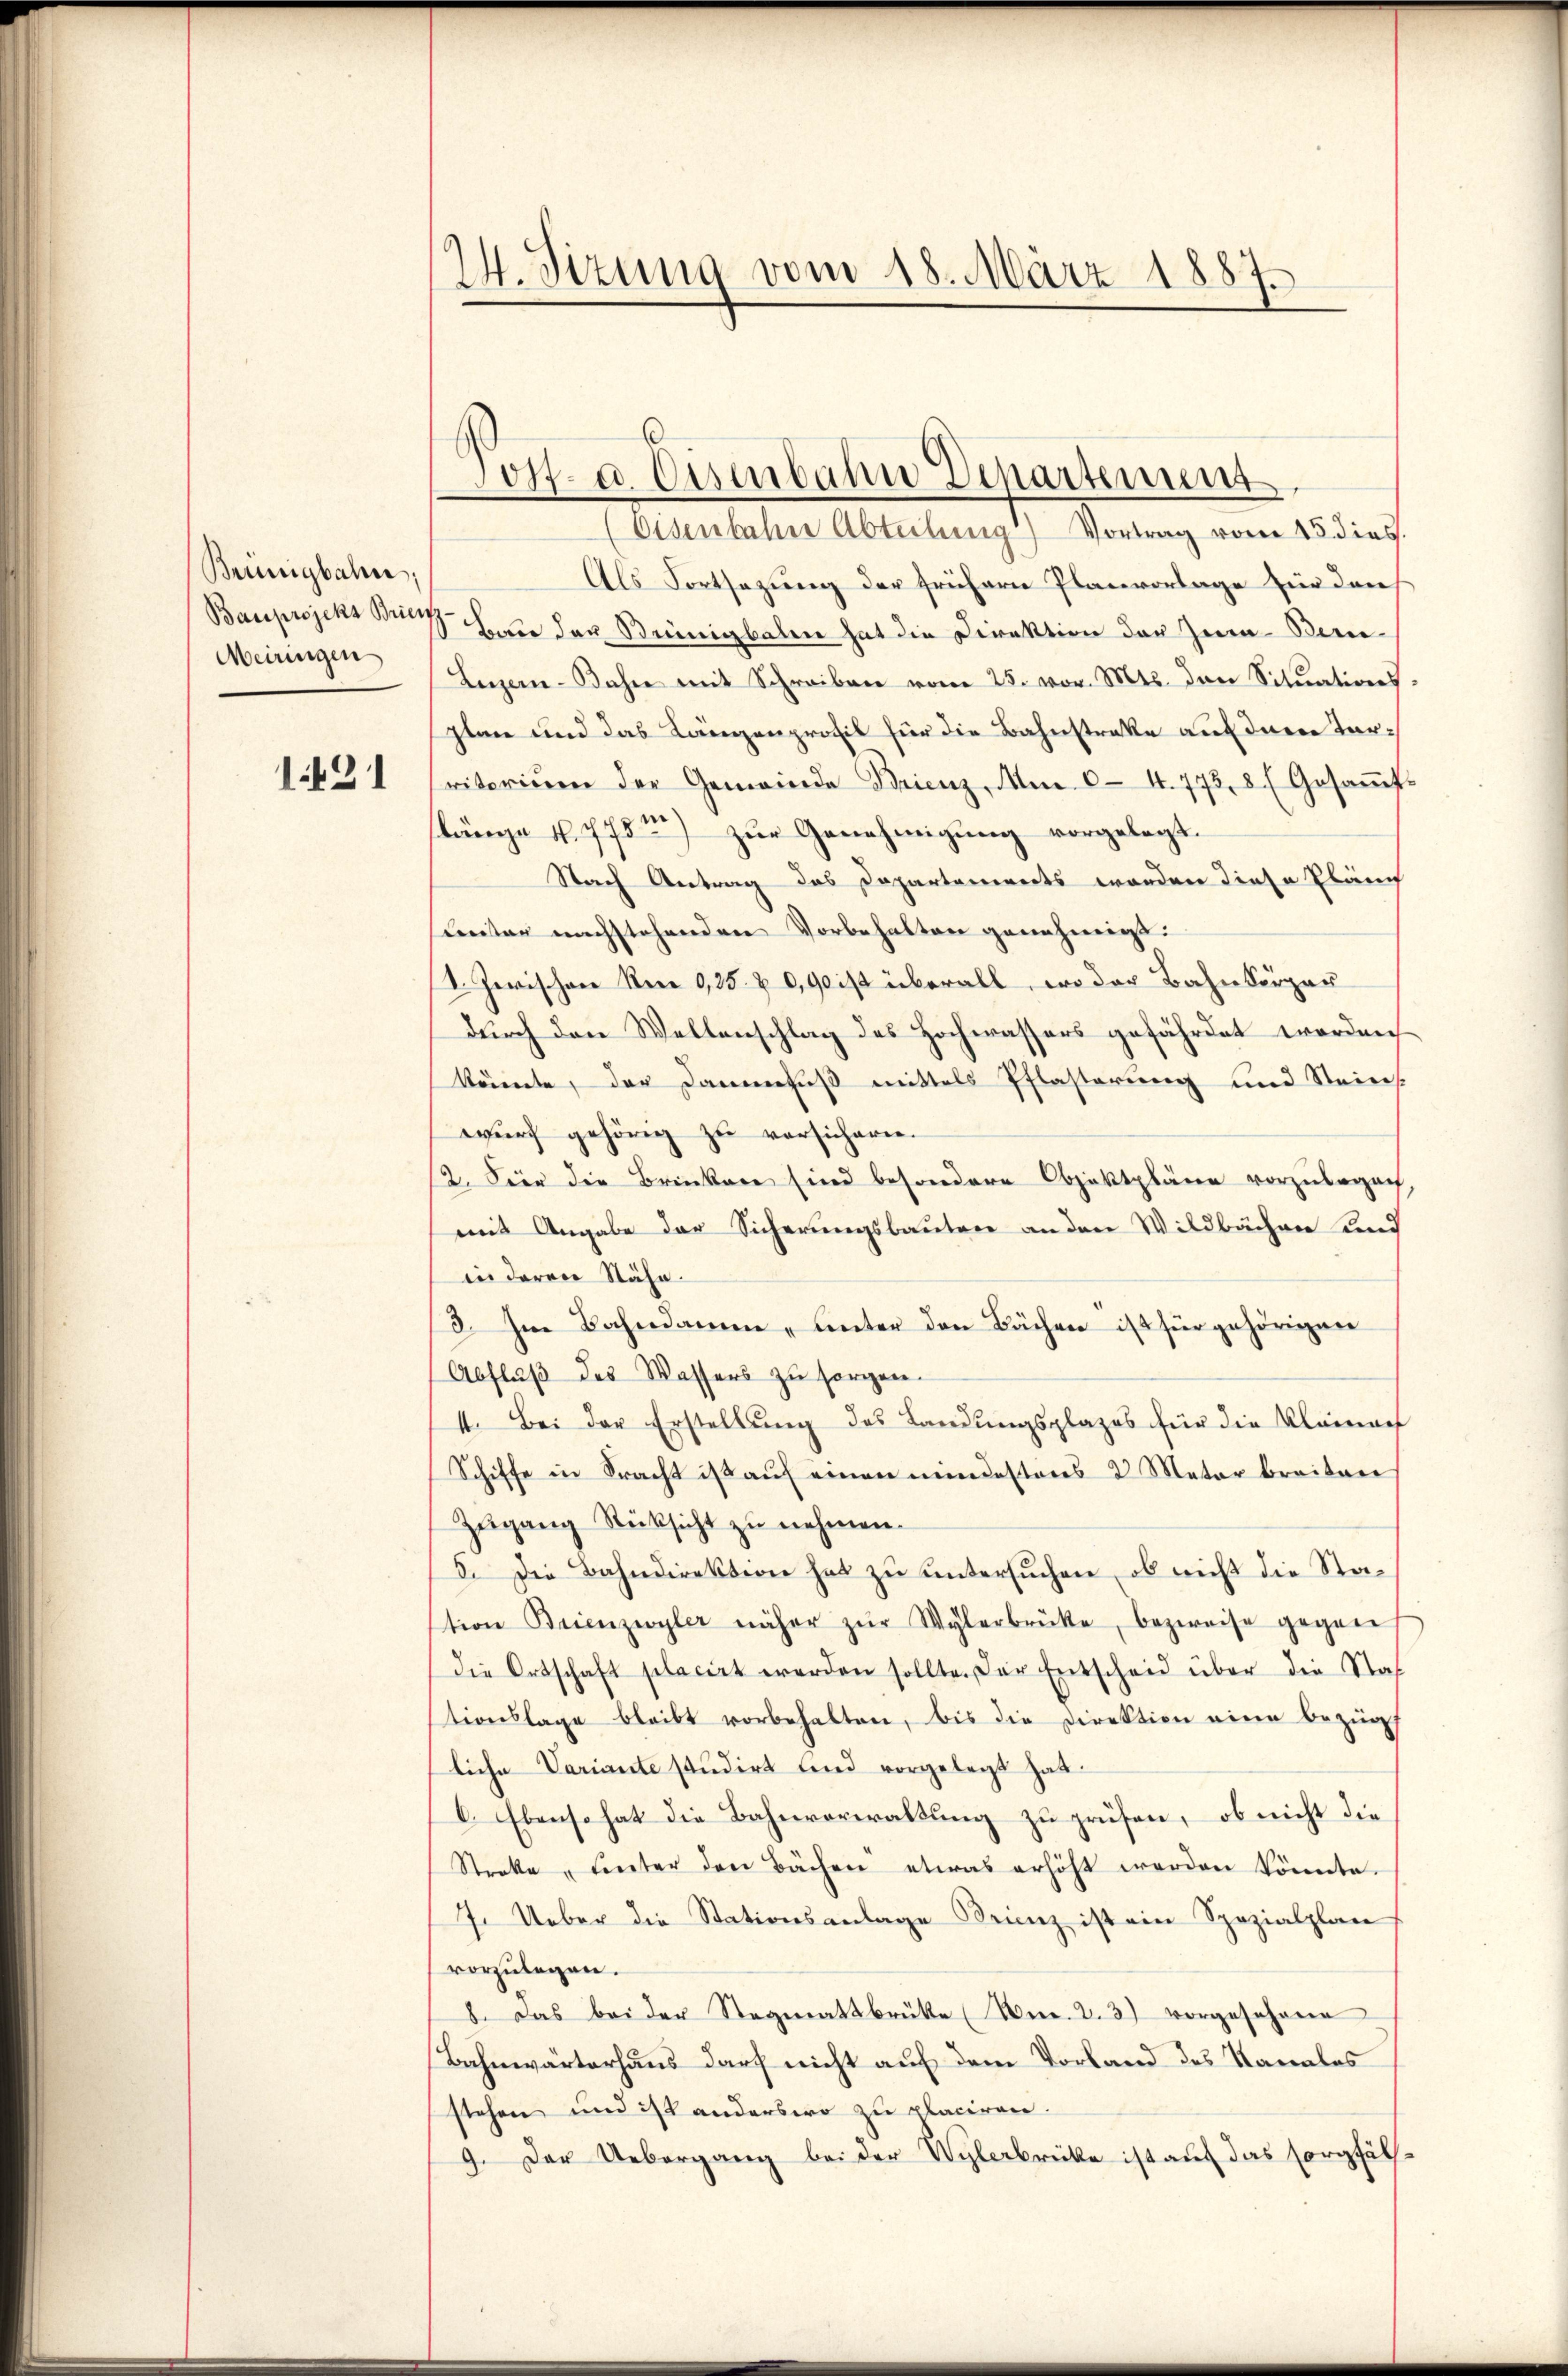
Brünigbahn,
Meiringen

1431

2. Sizung vom 18. März 1887.

.
Jost- u. Eisenbahn Departement

(Eisenbahne Abteilung) Vortrag vom 15. dies.
Als Fortsezung der frühern Planvorlage für dan
Bauprojekt des Bade den Keinigkalen hat die Direktion der Jura-Ber¬
Leizer-Bahne mit Schreiben vom 25. vor. Mts. den Sitŭations
plan und das Längenprofil für die Bahnstreke auf deren tarsritorium der Gemeinde Brienz, Am 0.4. 773. 8 (Gesaṁt-
slänge v. 175) zur Genehmigung vorgelegt.
Nach Antrag das Departenwerts worden diese Plänch
unter nachstehenden Vorbehalten genehmigt.
4. Zwischen Um 9,25 & 0,90 ist überall, wo der Bahnburger
durch den Weltenschlag des Hochwassers gefährdet worden
könnte, der Dammfuß mittels Pflasterung und Steinswurf gehörig zu versicherie.
12. Für die Brinken sind besondere Objektpläne vorzubegrif
mit Angabe der Sicherungsbauten an den Wildbächen und
in deren Stähe
3. Im Bahndame „unter den Bächen ist für gehörigen
Abflŭβ des Wassers zŭ sorgen.
4. Bei der Erstellŭng des Landŭngsplazes für die Kleinauf
Schiffe in Pracht ist auf einen mindestens 2 Meter breiten
Zŭgang Rücksicht zu nehmen.
5. Die Bahndirektion hat zu untersuchen, ob nicht die Station Brienzwyler näher zŭr Wylerbrücke, bezweife gegen
die Ortschaft selacirt werden sollte. Der Entscheid über die Staf
tionslage bleibt vorbehalten, bis die Direktion eine bezüg
liche Variante studirt und vorgelegt hat.
6. Ebenso hat die Bahnverwaltung zu prüfen, ob nicht die
Streke „linter den Bächen etwas erhöht werden könnte.
7. Ueber die Stationsanlage Franz ist ein Spezialplan
vorzulegen.
8. Das bei der Stegmattbrüke (Nr. 2. 3) vorgesehene
Bahnwärterhaus darf nicht auf dem Vorland des Kanales
stehen und ist anderswo zu placiren.
9. Der Uebergang bei der Wylerbrücke ist auf das sorgfäl¬